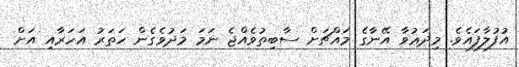
އުފުލާފައެވެ. މިދަޢުވާ އޭނާގެ މައްޗަށް ސާބިތުވެއްޖެ ނަމަ މަދުވެގެން ހަތަރު އަހަރާއި އަށް